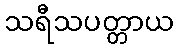
သရီသပတ္တာယ